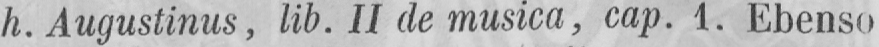
h. Augustinus, lib. II de musica, cap. 1. Ebenso